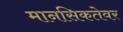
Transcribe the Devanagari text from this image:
मानसिकतेवर